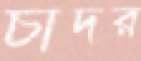
চাদর